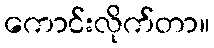
ကောင်းလိုက်တာ။